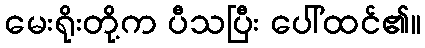
မေးရိုးတို့က ပီသပြီး ပေါ်ထင်၏။